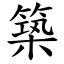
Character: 築